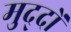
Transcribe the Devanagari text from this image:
मुद्‍दों